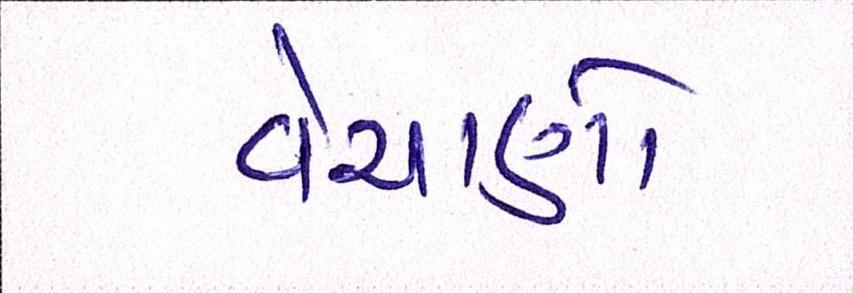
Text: વેચાણો